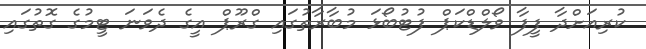
ކުރިއަށްދާ ފީފާ ވޯލްޑްކަޕް ފުޓުބޯޅަ މުބާރާތުގައި ގްރޫޕް އީގެ ދެވަނަ ޓީމުގެ ގޮތުގައި